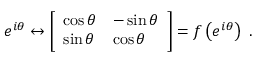
e ^ { i \theta } \leftrightarrow { \left[ \begin{array} { l l } { \cos \theta } & { - \sin \theta } \\ { \sin \theta } & { \cos \theta } \end{array} \right] } = f \left( e ^ { i \theta } \right) ~ .